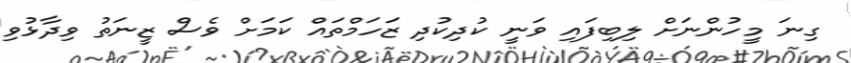
ގިނަ މީހުންނަށް ލިބިފައި ވަނީ ކުދިކުދި ޒަހަމްތައް ކަމަށް ވެސް ޒީނަތު ވިދާޅުވި